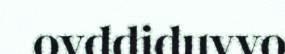
ovddiduvvo